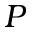
P